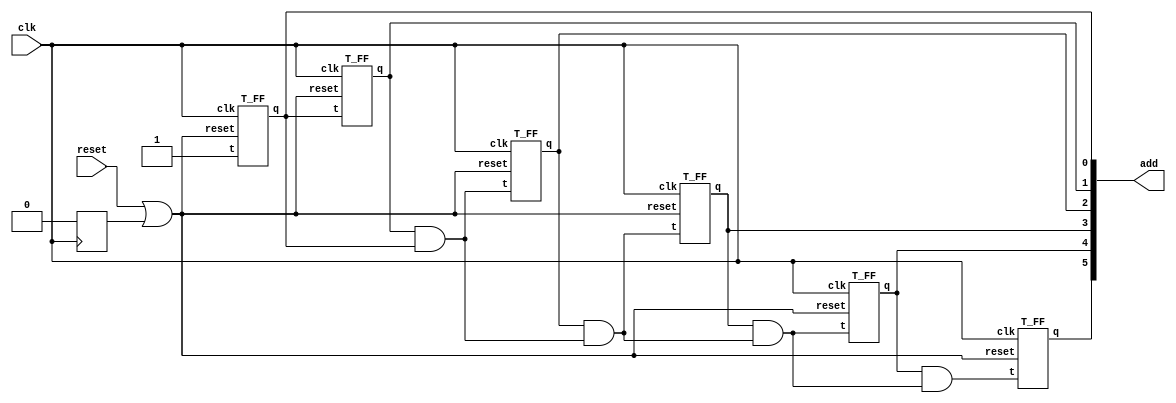
module counter6(add, clk, reset);
    output [5:0] add;
    input clk,reset;
    reg init;

    wire ctreset;
    or or0(ctreset, reset, init);

    wire [5:0] T;
    assign T[0] = 1'b1;
    assign T[1] = add[0];
    and and2(T[2], add[1], T[1]);
    and and3(T[3], add[2], T[2]);
    and and4(T[4], add[3], T[3]);
    and and5(T[5], add[4], T[4]);

    T_FF tff0(add[0], T[0], clk, ctreset);
    T_FF tff1(add[1], T[1], clk, ctreset);
    T_FF tff2(add[2], T[2], clk, ctreset);
    T_FF tff3(add[3], T[3], clk, ctreset);
    T_FF tff4(add[4], T[4], clk, ctreset);
    T_FF tff5(add[5], T[5], clk, ctreset);

    initial 
        init <= 1'b1;
    always @(negedge clk)
        init <= 1'b0;

endmodule

module T_FF(q, t, clk, reset);
    output q;
    input t, clk ,reset;
    reg q;

    always @(posedge clk or posedge reset)
    if(reset)
        q <= 1'b0;
    else if(t)
        q <= ~q;
endmodule